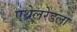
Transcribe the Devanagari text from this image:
एथेलरेडला